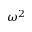
\omega ^ { 2 }